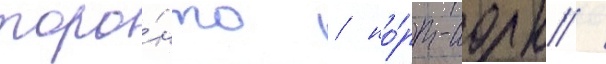
торо́нто / но́рт-иорк /